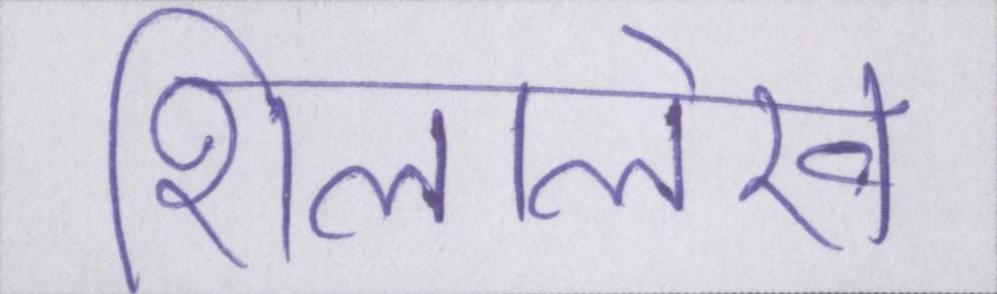
शिलालेख